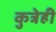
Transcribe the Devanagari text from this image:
कुत्रेही